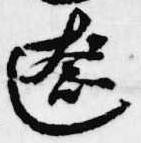
奩